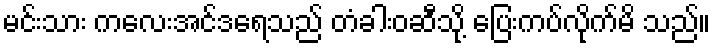
မင်းသား ကလေးအင်ဒရေသည် တံခါးဝဆီသို့ ပြေးကပ်လိုက်မိ သည်။